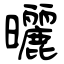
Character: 曬